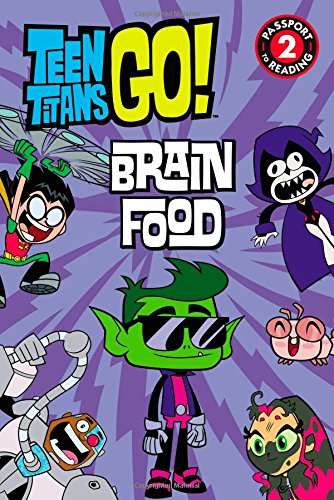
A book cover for Teen Titans Go!: Brain Food (Passport to Reading Level 2); Jennifer Fox; Children's Books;